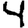
Digit: 4